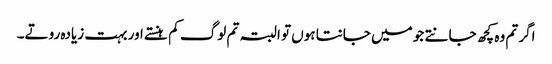
اگر تم وہ کچھ جانتے جو میں جانتا ہوں تو البتہ تم لوگ کم ہنستے اور بہت زیادہ روتے۔